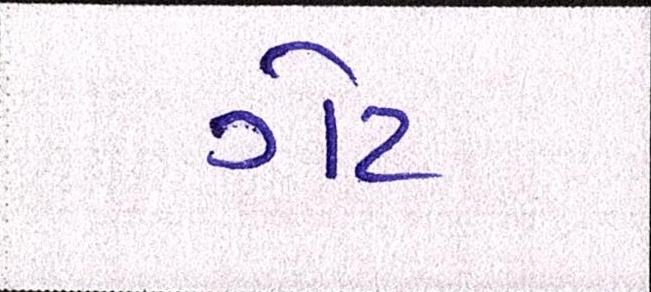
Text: ગેટ